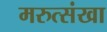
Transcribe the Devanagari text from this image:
मरुत्संखा